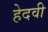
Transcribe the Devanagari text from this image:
हेदवी